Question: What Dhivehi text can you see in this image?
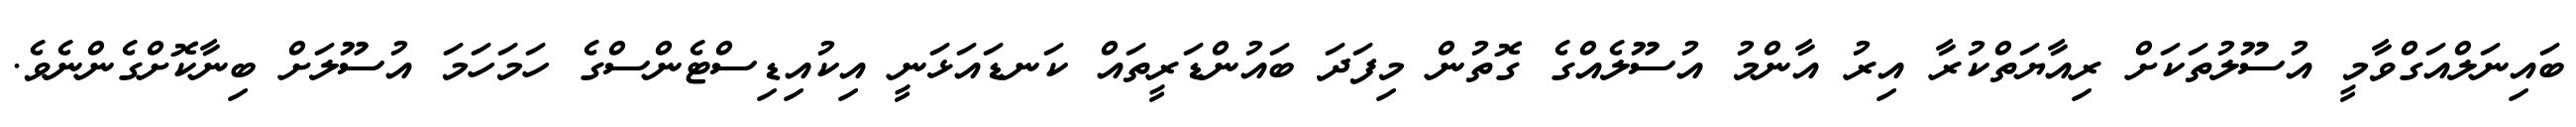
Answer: ބައިނަލްއަގްވާމީ އުސޫލުތަކަށް ރިއާޔަތްކުރާ އިރު އާންމު އުސޫލެއްގެ ގޮތުން މިފަދަ ބައުންޑަރީތައް ކަނޑައަޅަނީ އިކުއިޑިސްޓެންސްގެ ހަމަހަމަ އުސޫލަށް ބިނާކޮށްގެންނެވެ.